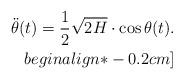
LaTeX: \begin{align*}\ddot{\theta}(t)= \dfrac{1}{2}\sqrt{2H} \cdot \cos\theta(t).\\begin{align*}-0.2cm]\end{align*}